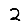
Digit: 2